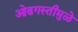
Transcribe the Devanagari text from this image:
ओढगस्तीमुळे